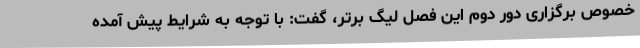
خصوص برگزاری دور دوم این فصل لیگ برتر، گفت: با توجه به شرایط پیش آمده